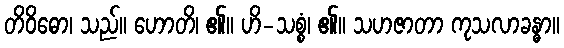
တိဝိဓော၊ သည်။ ဟောတိ၊ ၏။ ဟိ-သစ္စံ၊ ၏။ သဟဇာတာ ကုသလာခန္ဓာ။